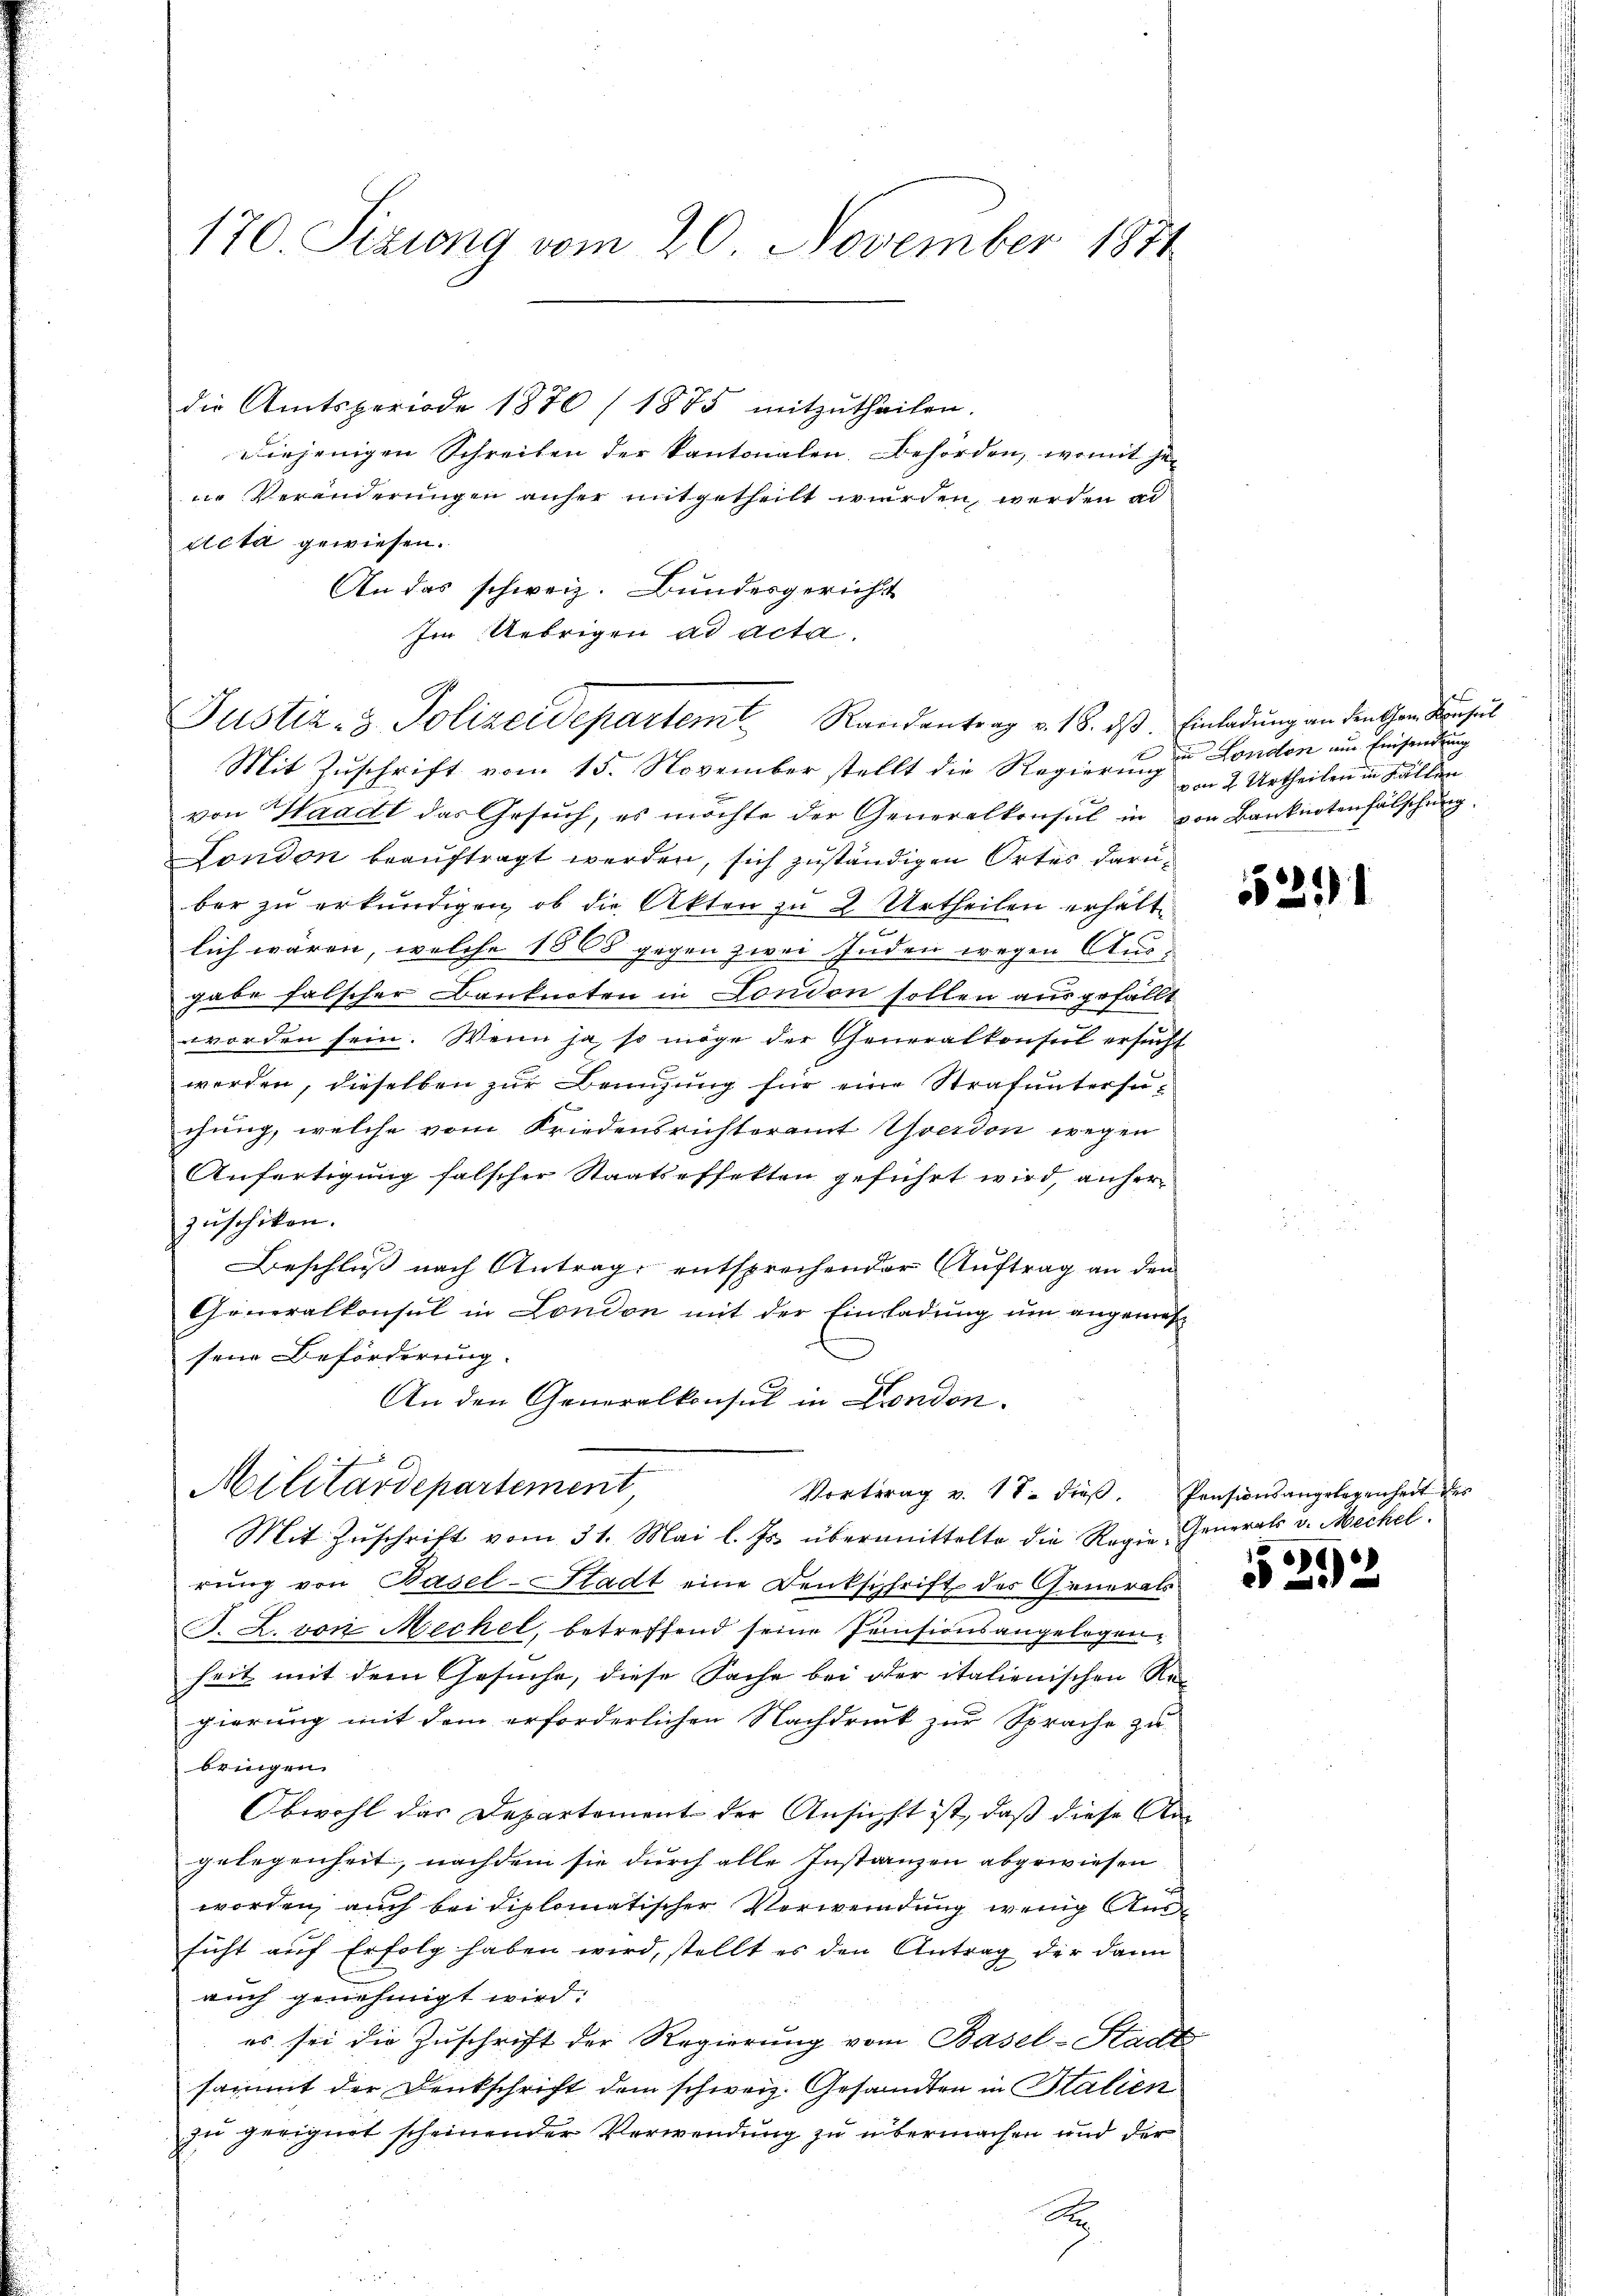
170. Sizung vom 20. November 1871

die Amtsperiode 1870/ 1875 mitzŭtheilen.
Diejenigen Schreiben der kantonalen. Behörden, womit jene Veränderungen anher mitgetheilt wurden, werden ad
Acta gewiesen.
An das schweiz. Bundesgericht
Im Uebrigen ad acta.

Justiz- & Polizeidepartem Randantrag v. 18. d

Mit Zuschrift vom 15. November stellt die Regierung London am Einsendung
von Waadt das Gesŭch, es möchte der Generalkonsul in von Banknotenfälschung
London beauftragt werden, sich zuständigen Ortes darüber zu erkundigen, ob die Akten zu 2 Urtheilen erhält
lich wären, welche 1668 gegen zwei Juden wegen Ausgabe falscher Banknoten in London sollen ausgefällt
worden sein. Wenn ja, so möge der Generalkonsul ersucht
werden, dieselben zur Benuzung für eine Strafuntersuchung, welche vom Friedensrichteramt Yverdon wegen
Anfertigung falscher Staatseffetten geführt wird, anher
zŭschikon.
Beschluß nach Antrage entsprechender Auftrag an den
Generalkonsul in London mit der Einladung um angemessene Beförderung.
An den Generalkonsul in London.
Mit Zŭschrift vom 31. Mai l. Js. übermittelte die Regie-
rung von Basel-Stadt eine Denkschrift des Generals
F. Z. von Mechel, betreffend seine Pensionsangelegenheit mit dem Gesuche, diese Sache bei der italienischen Re
gierung mit dem erforderlichen Nachdruck zur Sprache zu
bringen.
Obwohl das Departement der Ansucht ist, daß diese Angelegenheit, nachdem sie durch alle Instanzen abgewiesen
worden, auch bei diplomatischer Verwendung wenig Aus
sicht auf Erfolg haben wird, stellt es den Antrag der dann
auch genehmigt wird.
es sei die Zuschrift der Regierung vom Basel-Stadt
sazimit der Denkschrift dem schweiz. Gesandten in Stalien
zu geeignet scheinender Verwendung zu übermachen und der
A

Militärdepartement,

Vortrag v. 18. dieβ. Pensionsangelegenheit des

3. Einladung an den Cham Konsul
von 2 Urtheilen in Fällen

1531

Generals v. Mechel.
15

6